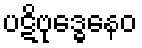
ပဋိဗုဒ္ဓေနေဝ